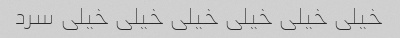
خیلی خیلی خیلی خیلی خیلی خیلی سرد